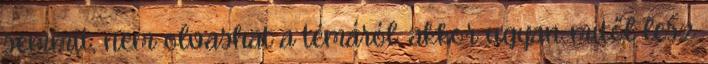
semmit, nem olvashat a témáról, akkor ugyan mitől lesz